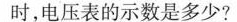
时，电压表的示数是多少？